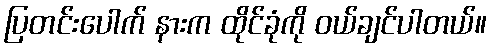
ပြတင်းပေါက် နားက ထိုင်ခုံကို ဝယ်ချင်ပါတယ်။